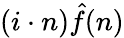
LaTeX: (i\cdot n){\hat{f}}(n)